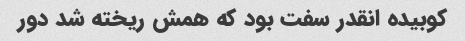
کوبیده انقدر سفت بود که همش ریخته شد دور